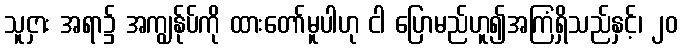
သူငှား အရာ၌ အကျွန်ုပ်ကို ထားတော်မူပါဟု ငါ ပြောမည်ဟူ၍အကြံရှိသည်နှင့်၊ ၂၀